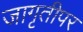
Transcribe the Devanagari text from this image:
जागृतीपर